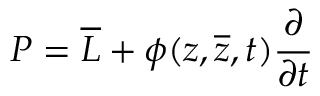
P = { \overline { { L } } } + \phi ( z , { \overline { { z } } } , t ) { \frac { \partial } { \partial t } }